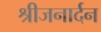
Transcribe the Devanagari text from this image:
श्रीजनार्दन